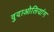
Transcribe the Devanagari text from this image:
वुदाओलियांग